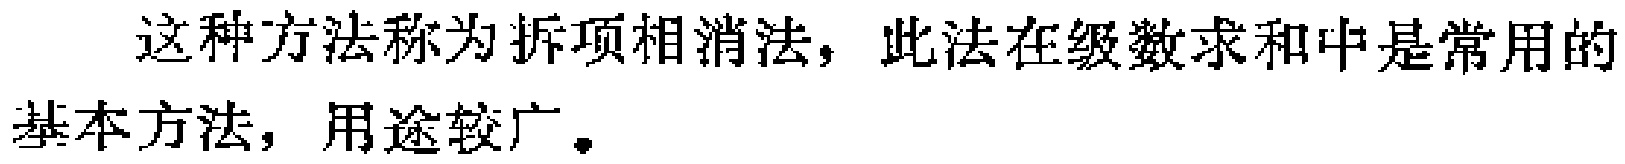
这种方法称为拆项相消法，此法在级数求和中是常用的基本方法，用途较广。